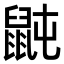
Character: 𪕅